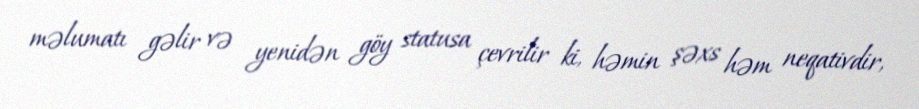
məlumatı gəlir və yenidən göy statusa çevrilir ki, həmin şəxs həm neqativdir,